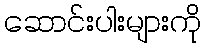
ဆောင်းပါးများကို